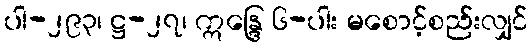
ပါ-၂၉၃၊ ဋ္ဌ-၂၇၊ ဣန္ဒြေ ၆-ပါး မစောင့်စည်းလျှင်